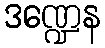
ဒဏ္ဍေန